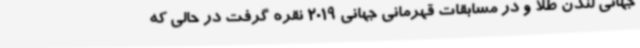
جهانی لندن طلا و در مسابقات قهرمانی جهانی 2019 نقره گرفت در حالی که